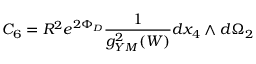
C _ { 6 } = R ^ { 2 } e ^ { 2 \Phi _ { D } } { \frac { 1 } { g _ { Y M } ^ { 2 } ( W ) } } d x _ { 4 } \wedge d \Omega _ { 2 }